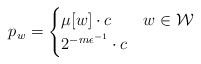
LaTeX: \begin{align*}p_{w}=\begin{cases}\mu[w]\cdot c & w\in\mathcal{W}\\2^{-m\epsilon^{-1}}\cdot c & \end{cases}\end{align*}